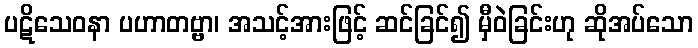
ပဋိသေဝနာ ပဟာတဗ္ဗာ၊ အသင့်အားဖြင့် ဆင်ခြင်၍ မှီဝဲခြင်းဟု ဆိုအပ်သော